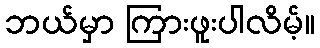
ဘယ်မှာ ကြားဖူးပါလိမ့်။